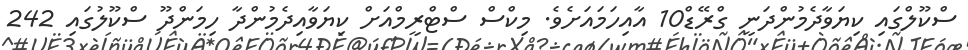
ސްކޫލްގައި ކިޔަވާދެމުންދަނީ ގްރޭޑް10 އާއިހަމައަށެވެ. މިކްސް ސްޓްރީމްއަށް ކިޔަވާއިދެމުންދާ ހިމަންދޫ ސްކޫލުގައި 242